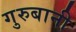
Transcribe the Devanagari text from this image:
गुरुबानी